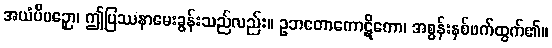
အယံပိပဉှော၊ ဤပြဿနာမေးခွန်းသည်လည်း။ ဥဘတောကောဋိကော၊ အစွန်းနှစ်ဖက်ထွက်၏။